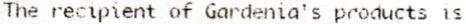
THE RECIPIENT OF GARDENIA'S PRODUCTS IS